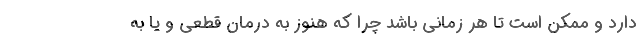
دارد و ممکن است تا هر زمانی باشد چرا که هنوز به درمان قطعی و یا به